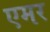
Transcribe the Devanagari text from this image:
एमर